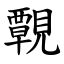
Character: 䚓